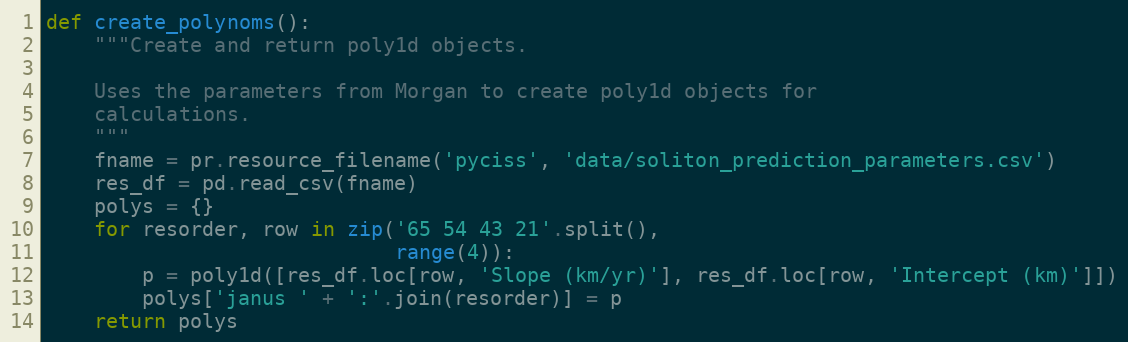
Language: Python
def create_polynoms():
    """Create and return poly1d objects.

    Uses the parameters from Morgan to create poly1d objects for
    calculations.
    """
    fname = pr.resource_filename('pyciss', 'data/soliton_prediction_parameters.csv')
    res_df = pd.read_csv(fname)
    polys = {}
    for resorder, row in zip('65 54 43 21'.split(),
                             range(4)):
        p = poly1d([res_df.loc[row, 'Slope (km/yr)'], res_df.loc[row, 'Intercept (km)']])
        polys['janus ' + ':'.join(resorder)] = p
    return polys